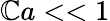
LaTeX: \mathbb{C}a<<1